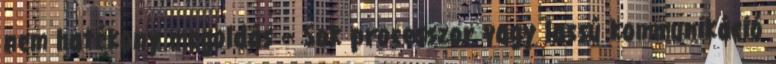
nem hatékony megoldás – Sok processzor vagy lassú kommunikáció